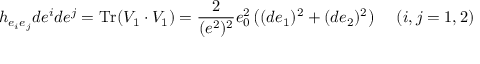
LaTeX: h _ { e _ { i } e _ { j } } d e ^ { i } d e ^ { j } = \mathrm { T r } ( V _ { 1 } \cdot V _ { 1 } ) = \frac 2 { ( e ^ { 2 } ) ^ { 2 } } e _ { 0 } ^ { 2 } \left( ( d e _ { 1 } ) ^ { 2 } + ( d e _ { 2 } ) ^ { 2 } \right) \, \quad ( i , j = 1 , 2 )